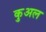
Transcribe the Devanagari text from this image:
कुअल